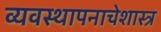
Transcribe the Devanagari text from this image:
व्यवस्थापनाचेशास्त्र